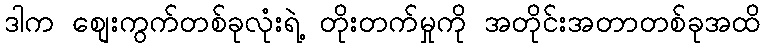
ဒါက စျေးကွက်တစ်ခုလုံးရဲ့ တိုးတက်မှုကို အတိုင်းအတာတစ်ခုအထိ